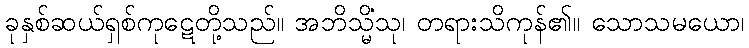
ခုနှစ်ဆယ်ရှစ်ကုဋေတို့သည်။ အဘိသ္မိံသု၊ တရားသိကုန်၏။ သောသမယော၊